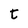
Character: t